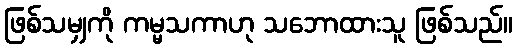
ဖြစ်သမျှကို ကမ္မသကာဟု သဘောထားသူ ဖြစ်သည်။